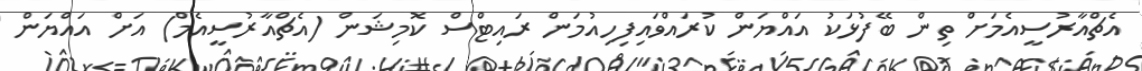
އެޗްއާރުސީއެމަށް ތިން ބޭފުޅަކު އައްޔަން ކުރައްވައިފިހިއުމަން ރައިޓްސް ކޮމިޝަން (އެޗްއާރުސީއެމް) އަށް އައްޔަން